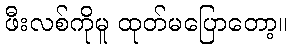
ဖီးလစ်ကိုမူ ထုတ်မပြောတော့။